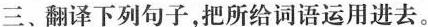
三、翻译下列句子，把所给词语运用进去。